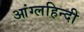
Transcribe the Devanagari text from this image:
आंग्लहिन्दी